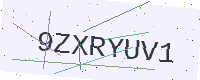
Text: 9ZXRYUV1